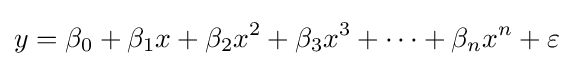
y=\beta _{0}+\beta _{1}x+\beta _{2}x^{2}+\beta _{3}x^{3}+\cdots +\beta _{n}x^{n}+\varepsilon